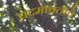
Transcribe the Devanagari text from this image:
पदमावतीचे